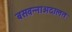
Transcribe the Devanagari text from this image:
बसवन्नाअदालत